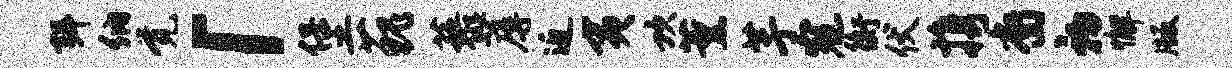
弭纳觉「堡藐藜蓐近夷坎薰芋寇衡伏携裔初懈版